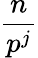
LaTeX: \frac{n}{p^{j}}